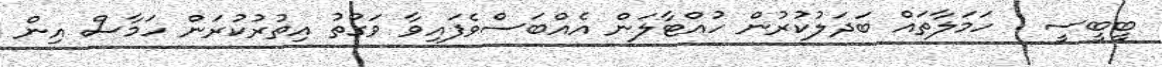
ބީބީސީ : ހަމަލާތައް ބަދަލުކުރުން ހުއްޓާލަން އެއްބަސްވެފައިވާ ވަގުތު އިތުރުކުރަން ހަމާސް އިން